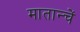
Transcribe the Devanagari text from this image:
मातान्चें